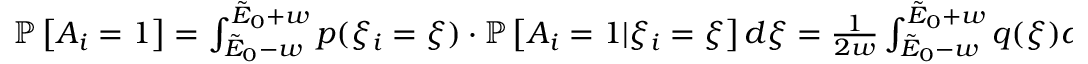
\begin{array} { r } { \mathbb { P } \left[ A _ { i } = 1 \right] = \int _ { \tilde { E } _ { 0 } - w } ^ { \tilde { E } _ { 0 } + w } p ( \xi _ { i } = \xi ) \cdot \mathbb { P } \left[ A _ { i } = 1 | \xi _ { i } = \xi \right] d \xi = \frac { 1 } { 2 w } \int _ { \tilde { E } _ { 0 } - w } ^ { \tilde { E } _ { 0 } + w } q ( \xi ) d \xi . } \end{array}